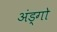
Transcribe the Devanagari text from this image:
अंड्गो